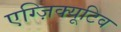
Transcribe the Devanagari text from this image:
एग्ज़िक्यूटिव